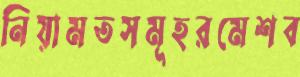
নিয়ামতসমূহরমেশব